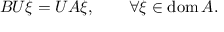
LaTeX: B U \xi = U A \xi , \qquad \forall \xi \in \operatorname { d o m } A .